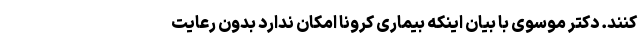
کنند. دکتر موسوی با بیان اینکه بیماری کرونا امکان ندارد بدون رعایت